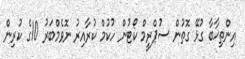
އިންތިޚާބާ ގުޅޭ ގޮތުން ސުޕްރީމް ކޯޓުން ހުކުމް ކުރާއިރު ނޮވެމްބަރު 10ގެ ކުރިން